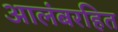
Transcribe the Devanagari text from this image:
आलंबरहित